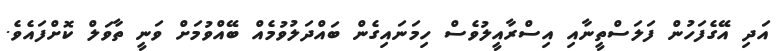
އަދި އޭގެފަހުން ފަލަސްތީނާއި އިސްރާއީލުވެސް ހިމަނައިގެން ބައްދަލުވުމެއް ބޭއްވުމަށް ވަނީ ތާވަލް ކޮށްފައެވެ.